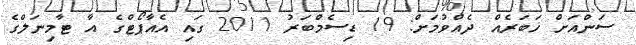
ސަންއަށް ޚަބަރެއް ދެއްވުމަށް: 19 ޑިސެމްބަރު 2011 ގައި އެއާޕޯޓްގެ އާ ޓާމިނަލްގެ